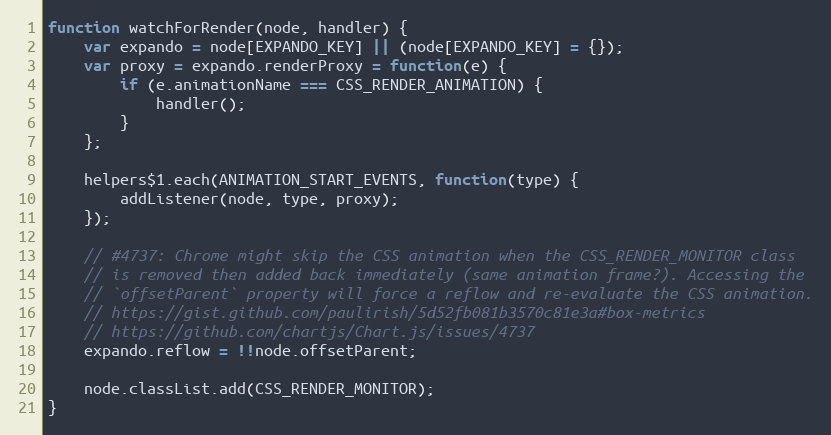
Language: JavaScript
function watchForRender(node, handler) {
	var expando = node[EXPANDO_KEY] || (node[EXPANDO_KEY] = {});
	var proxy = expando.renderProxy = function(e) {
		if (e.animationName === CSS_RENDER_ANIMATION) {
			handler();
		}
	};

	helpers$1.each(ANIMATION_START_EVENTS, function(type) {
		addListener(node, type, proxy);
	});

	// #4737: Chrome might skip the CSS animation when the CSS_RENDER_MONITOR class
	// is removed then added back immediately (same animation frame?). Accessing the
	// `offsetParent` property will force a reflow and re-evaluate the CSS animation.
	// https://gist.github.com/paulirish/5d52fb081b3570c81e3a#box-metrics
	// https://github.com/chartjs/Chart.js/issues/4737
	expando.reflow = !!node.offsetParent;

	node.classList.add(CSS_RENDER_MONITOR);
}